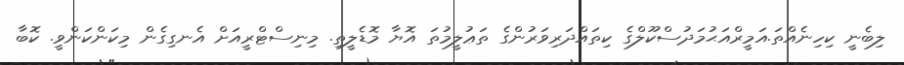
ލިބެނީ ކިހިނެއްތަ.އަމީރްއަޙުމަދުސްކޫލްގެ ކިތައްދަރިވަރުންގެ ތަޢުލީމުތަ އޮޔާ މޮޑެލީތި. މިނިސްޓްރީއަށް އެނގިިގެން މިކަންކަންވީ. ކޮބާ